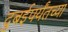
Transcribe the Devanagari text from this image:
दुबईपर्यंतच्या